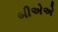
બીએએ